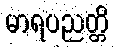
မာရပညတ္တိ